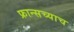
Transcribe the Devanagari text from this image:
फ्रान्सच्याच